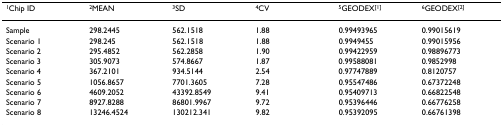
| 1Chip ID | 2MEAN | 3SD | 4CV | 5GEODEX[1] | 6GEODEX[2] |
 | --- | --- | --- | --- | --- | --- |
 | Sample | 298.2445 | 562.1518 | 1.88 | 0.99493965 | 0.99015619 |
 | Scenario 1 | 298.245 | 562.1518 | 1.88 | 0.9949455 | 0.99015956 |
 | Scenario 2 | 295.4852 | 562.2858 | 1.90 | 0.99422959 | 0.98896773 |
 | Scenario 3 | 305.9073 | 574.8667 | 1.87 | 0.99588081 | 0.9852998 |
 | Scenario 4 | 367.2101 | 934.5144 | 2.54 | 0.97747889 | 0.8120757 |
 | Scenario 5 | 1056.8657 | 7701.3605 | 7.28 | 0.95547486 | 0.67372248 |
 | Scenario 6 | 4609.2052 | 43392.8549 | 9.41 | 0.95409713 | 0.66822548 |
 | Scenario 7 | 8927.8288 | 86801.9967 | 9.72 | 0.95396446 | 0.66776258 |
 | Scenario 8 | 13246.4524 | 130212.341 | 9.82 | 0.95392095 | 0.66761398 |